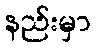
နည်းမှာ